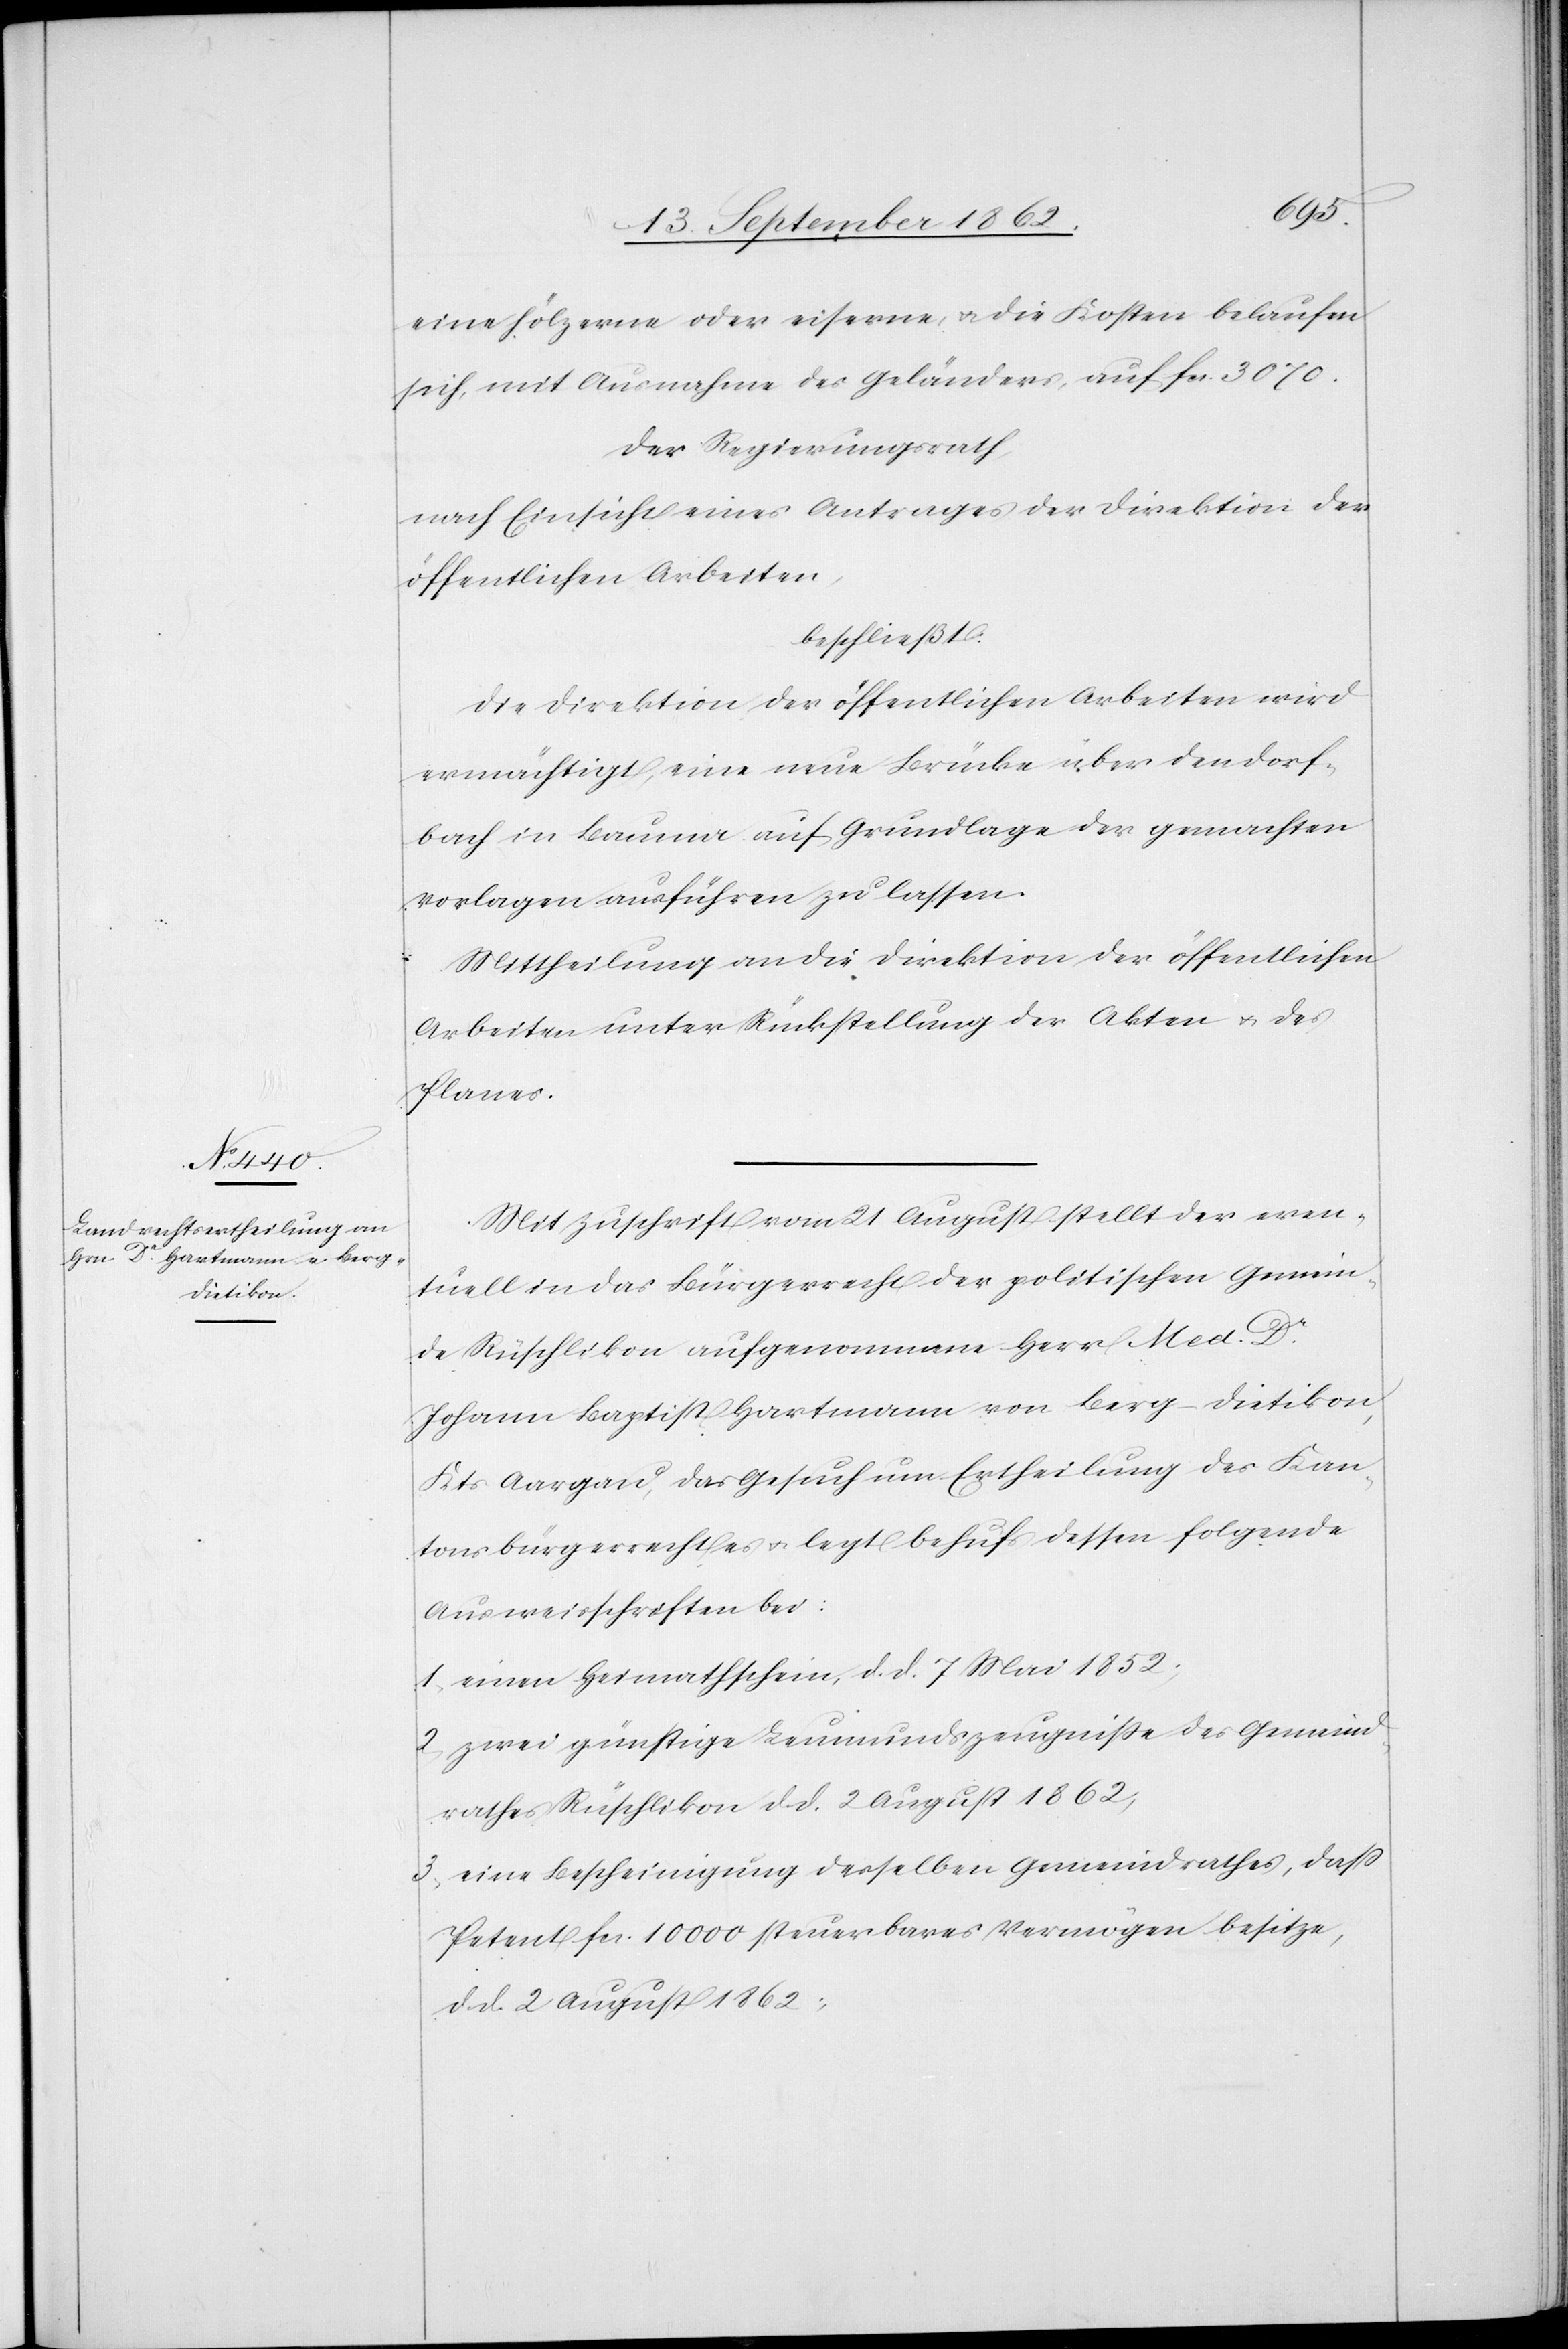
eine hölzerne oder eiserne, u. die Kosten belaufen
sich, mit Ausnahme des Geländers, auf fcs. 3070.
Der Regierungsrath,
nach Einsicht eines Antrages der Direktion der
öffentlichen Arbeiten,
beschließt:
Die Direktion der öffentlichen Arbeiten wird
ermächtigt, eine neue Brücke über den Dorf¬
bach in Baume auf Grundlage der gemachten
Vorlagen ausführen zu lassen.
Mittheilung an die Direktion der öffentlichen
Arbeiten unter Rückstellung der Akten u. des
Planes.
Mit Zuschrift vom 21. August stellt der even¬
tuell in das Bürgerrecht der politischen Gemein¬
de Rüschlikon aufgenommene Herr Med.
Johann Baptist Hartmann von Berg-Dietikon,
Kts. Aargau, das Gesuch um Ertheilung des Kan¬
tonsbürgerrechtes u. legt behufs dessen folgende
Ausweisschriften bei.
1. einen Heimatschein, d. d. 7. Mai 1852;
2. zwei günstige Leumundszeugniße des Gemeind¬
rathes Rüschlikon d. d. 2. August 1862;
3. eine Bescheinigung desselben Gemeindrathes, daß
Petent fcs. 10 000 steuerbares Vermögen besitze,
d. d. 2. August 1862;